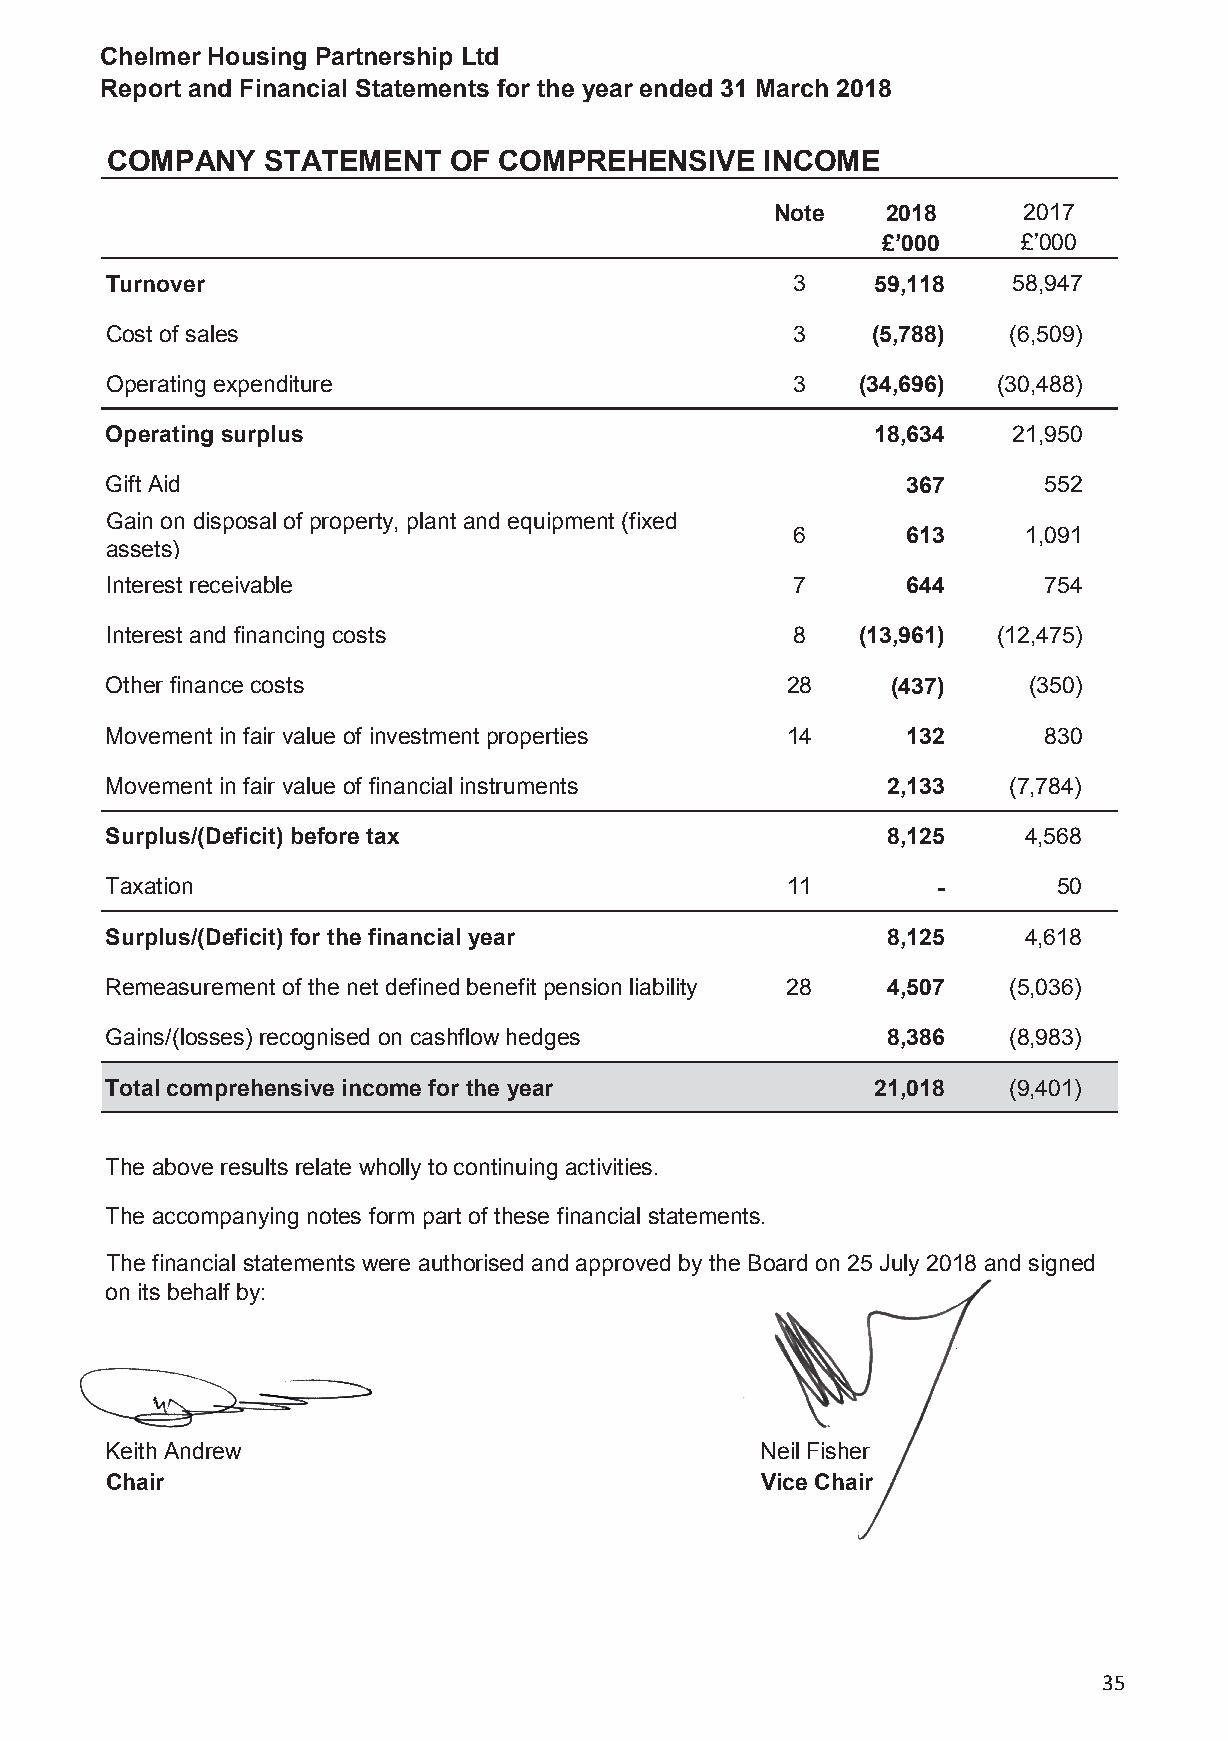
Chelmer Housing Partnership Ltd
 Report and Financial Statements for the year ended 31 March 2018
 COMPANY   STATEMENT    OF COMPREHENSIVE    INCOME
 Note    2018     2017
 £’000     £’000
 Turnover                                     3     59,118   58,947
 Cost of sales                                3     (5,788)  (6,509)
 Operating expenditure                        3    (34,696) (30,488)
 Operating surplus                                  18,634   21,950
 Gift Aid                                             367      552
 Gain on disposal of property, plant and equipment (fixed
 6       613     1,091
 assets)
 Interest receivable                          7       644      754
 Interest and financing costs                 8    (13,961) (12,475)
 Other finance costs                          28     (437)    (350)
 Movement in fair value of investment properties 14   132      830
 Movement in fair value of financial instruments     2,133   (7,784)
 Surplus/(Deficit) before tax                        8,125    4,568
 Taxation                                     11        -       50
 Surplus/(Deficit) for the financial year            8,125    4,618
 Remeasurement of the net defined benefit pension liability 28 4,507 (5,036)
 Gains/(losses) recognised on cashflow hedges        8,386   (8,983)
 Total comprehensive income for the year            21,018   (9,401)
 The above results relate wholly to continuing activities.
 The accompanying notes form part of these financial statements.
 The financial statements were authorised and approved by the Board on 25 July 2018 and signed
 on its behalf by:
 Keith Andrew                               Neil Fisher
 Chair                                      Vice Chair
 35